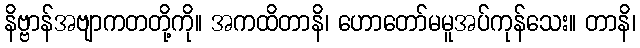
နိဗ္ဗာန်အဗျာကတတို့ကို။ အကထိတာနိ၊ ဟောတော်မမူအပ်ကုန်သေး။ တာနိ၊